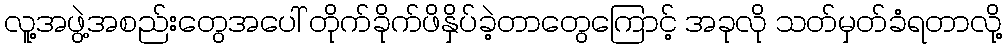
လူ့အဖွဲ့အစည်းတွေအပေါ် တိုက်ခိုက်ဖိနှိပ်ခဲ့တာတွေကြောင့် အခုလို သတ်မှတ်ခံရတာလို့